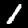
Label: 1